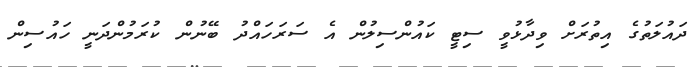
ދައުލަތުގެ އިތުރަށް ވިދާޅުވީ ސިޓީ ކައުންސިލުން އެ ސަރަހައްދު ބޭނުން ކުރަމުންދަނީ ހައުސިން